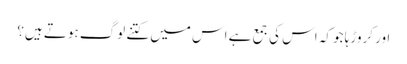
اور کروڑہا جو کہ اس کی جمع ہے اس میں کتنے لوگ ہوتے ہیں؟